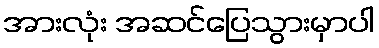
အားလုံး အဆင်ပြေသွားမှာပါ